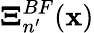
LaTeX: \boldsymbol{\Xi}_{n^{\prime}}^{BF}({\mathbf x})